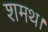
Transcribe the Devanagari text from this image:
शमथ।